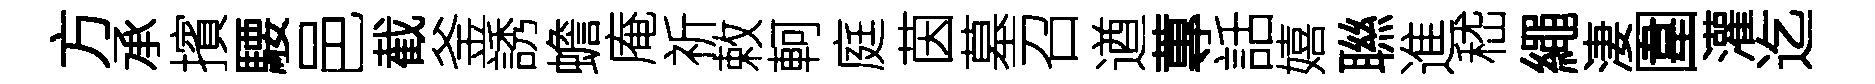
方承擯騕邑截釜誘蟾庵祈敕軻庭茵墓召遒蓴話嬉聮進嵇繩淒圍灌迄